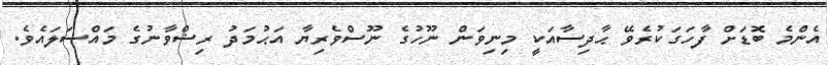
އެންމެ ބޮޑަށް ފާހަގަކުރެވޭ ޙާދިސާއަކީ މިނިވަން ނޫހުގެ ނޫސްވެރިޔާ އަޙުމަދު ރިޟްވާނުގެ މައްސަލައެވެ.